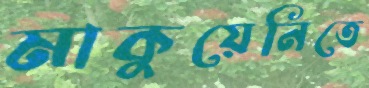
মাকুয়েনিতে